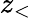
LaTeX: z_{<}